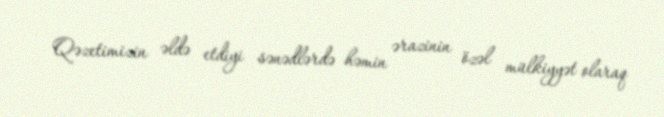
Qəzetimizin əldə etdiyi sənədlərdə həmin ərazinin özəl mülkiyyət olaraq